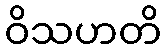
ဝိသဟတိ